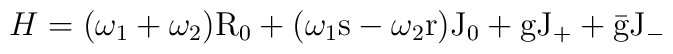
H = (\omega_1 + \omega_2) \rm R_0 + (\omega_1 s - \omega_2 r) \rm J_0 +g \rm J_+ + \bar g \rm J_-